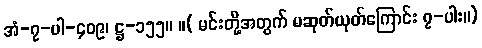
အံ-၇-ပါ-၄၀၉၊ ဋ္ဌ-၁၅၅။ ။( မင်းတို့အတွက် မဆုတ်ယုတ်ကြောင်း ၇-ပါး။)